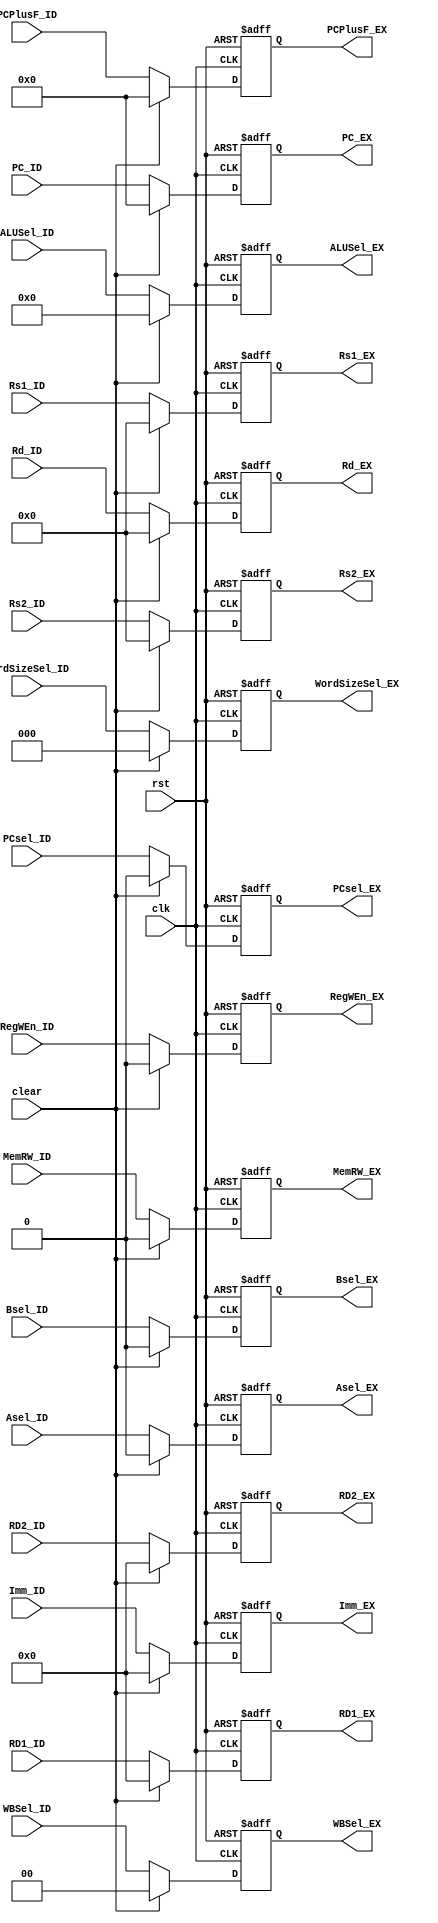
module pipe_ID_EX(
		  input		    clk, rst, clear,
		  input [31:0]	    Imm_ID, //Imm  
		  input [8:0]	    PC_ID, PCPlusF_ID, //PC  
		  input [31:0]	    RD1_ID, RD2_ID, //Register  
		  input		    PCsel_ID, RegWEn_ID, 
		  input		    Asel_ID, Bsel_ID, MemRW_ID,
		  input [1:0]       WBSel_ID,
		  input [2:0]	    WordSizeSel_ID,
		  input [3:0]	    ALUSel_ID,
		  input [4:0]       Rd_ID, Rs1_ID, Rs2_ID,

		  output reg [31:0] Imm_EX,
		  output reg [8:0]  PC_EX, PCPlusF_EX,
		  output reg [31:0] RD1_EX, RD2_EX,
		  output reg	    PCsel_EX, RegWEn_EX,
		  output reg	    Asel_EX, Bsel_EX, MemRW_EX,
		  output reg [1:0]  WBSel_EX,
		  output reg [2:0]  WordSizeSel_EX,
		  output reg [3:0]  ALUSel_EX,
		  output reg [4:0]  Rd_EX, Rs1_EX, Rs2_EX
		  );
		  
   always @ (posedge clk, posedge rst) begin
      if (rst) begin
	 Imm_EX <= 0;
	 PC_EX <= 0;
	 PCPlusF_EX <= 0;
	 RD1_EX <= 0;
	 RD2_EX <= 0;
	 PCsel_EX <= 0;
	 RegWEn_EX <= 0;

	 Asel_EX <= 0;
	 Bsel_EX <= 0;
	 MemRW_EX <= 0;
	 WordSizeSel_EX <= 0;
	 ALUSel_EX <= 0;
	 Rd_EX <= 0;
	 Rs1_EX <= 0;
	 Rs2_EX <= 0;
	 WBSel_EX <=0;
      end // if (rst)
      
      else if (clear) begin
	 Imm_EX <= 0;
	 PC_EX <= 0;
	 PCPlusF_EX <= 0;
	 RD1_EX <= 0;
	 RD2_EX <= 0;
	 PCsel_EX <= 0;
	 RegWEn_EX <= 0;
	 Asel_EX <= 0;
	 Bsel_EX <= 0;
	 MemRW_EX <= 0;
	 WordSizeSel_EX <= 0;
	 ALUSel_EX <= 0;
	 Rd_EX <= 0;
	 Rs1_EX <= 0;
	 Rs2_EX <= 0;
	 WBSel_EX <=0;
      end // if (clear)
      
      else begin
	 Imm_EX <= Imm_ID;
	 PC_EX <= PC_ID;
	 PCPlusF_EX <= PCPlusF_ID;
	 RD1_EX <= RD1_ID;
	 RD2_EX <= RD2_ID;
	 PCsel_EX <= PCsel_ID;
	 RegWEn_EX <= RegWEn_ID;
	 Asel_EX <= Asel_ID;
	 Bsel_EX <= Bsel_ID;
	 MemRW_EX <= MemRW_ID;
	 WordSizeSel_EX <= WordSizeSel_ID;
	 ALUSel_EX <= ALUSel_ID;
	 Rd_EX <= Rd_ID;
	 Rs1_EX <= Rs1_ID;
	 Rs2_EX <= Rs2_ID;	 
	 WBSel_EX <= WBSel_ID;
      end // else: !if(clear)
   end // always @ (posedge clk)
endmodule // pipe_ID_EX